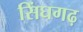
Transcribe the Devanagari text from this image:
सिंघगढ़